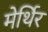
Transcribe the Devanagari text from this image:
मेर्थिर